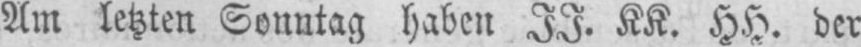
Am letzten Sonntag haben II. KK. HH. der